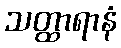
သတ္ထာရာနံ